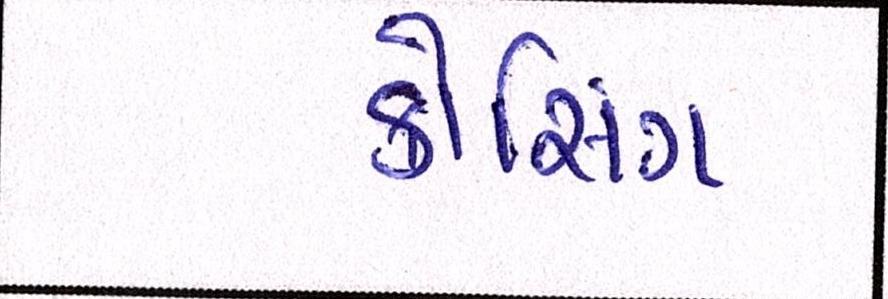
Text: ક્રોસિંગ